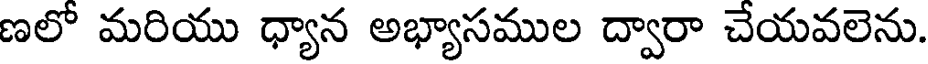
ణలో మరియు ధ్యాన అభ్యాసముల ద్వారా చేయవలెను.